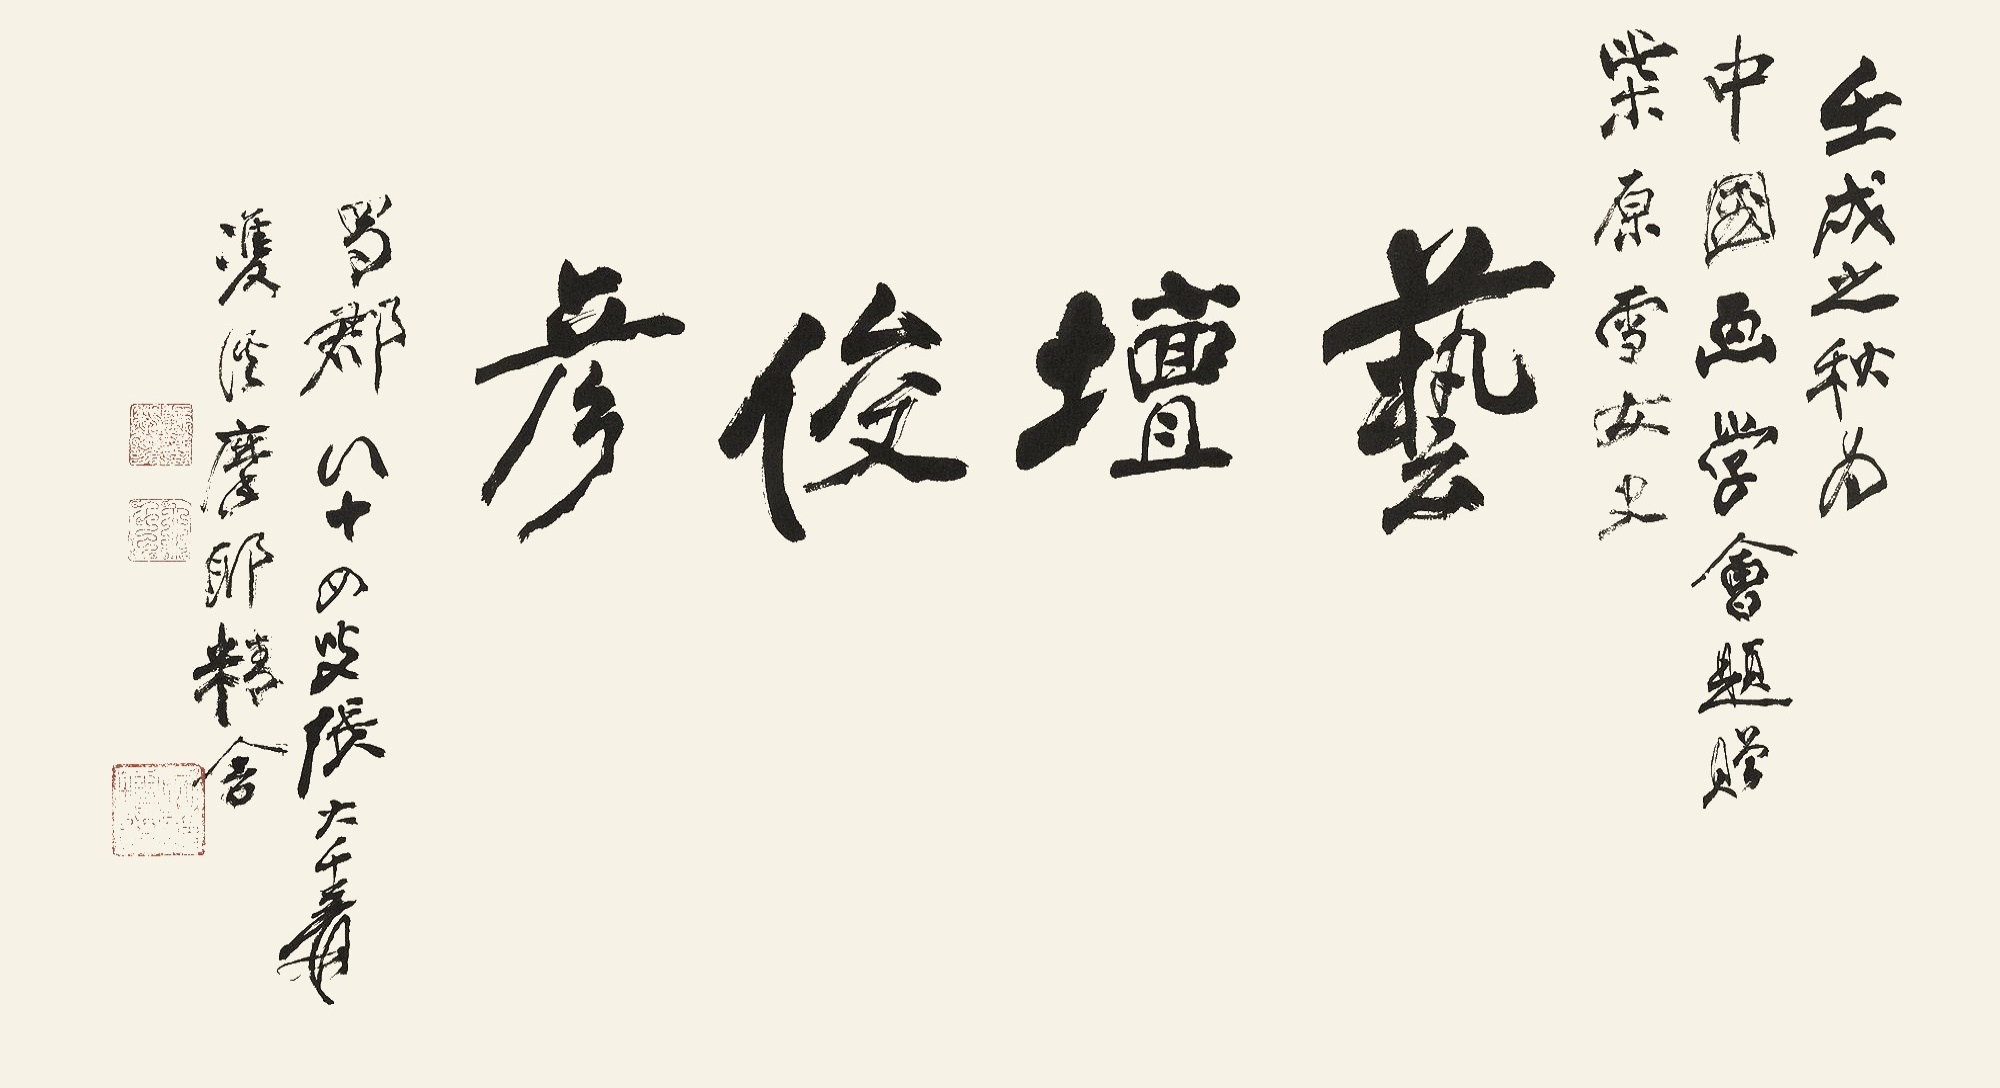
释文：艺坛俊彦。壬戌之秋，为中国画学会题，赠柴原雪女史。蜀郡八十四叟张大千爰双溪摩耶精舍。